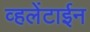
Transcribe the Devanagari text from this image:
व्हलेंटाईन